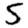
Digit: 5